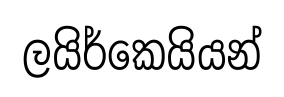
ලයිර්කෙයියන්